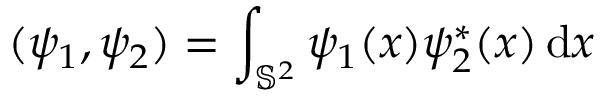
( \psi _ { 1 } , \psi _ { 2 } ) = \int _ { { \mathbb S } ^ { 2 } } \psi _ { 1 } ( x ) \psi _ { 2 } ^ { * } ( x ) \, \mathrm { d } x